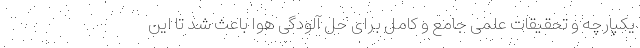
یکپارچه و تحقیقات علمی جامع و کامل برای حل آلودگی هوا باعث شد تا این